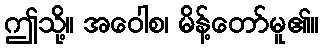
ဤသို့။ အဝေါစ၊ မိန့်တော်မူ၏။